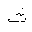
Letter: _tha